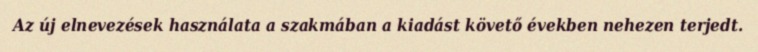
Az új elnevezések használata a szakmában a kiadást követő években nehezen terjedt.